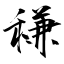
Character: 稴